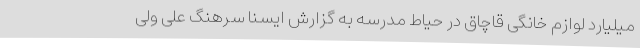
میلیارد لوازم خانگی قاچاق در حیاط مدرسه به گزارش ایسنا سرهنگ علی ولی